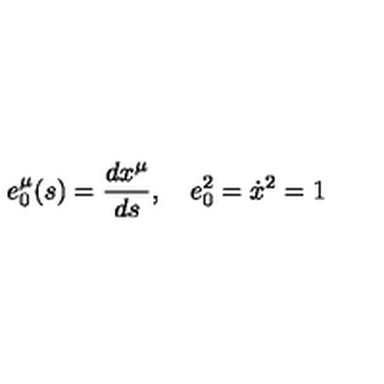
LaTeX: e _ { 0 } ^ { \mu } ( s ) = \frac { d x ^ { \mu } } { d s } , \quad e _ { 0 } ^ { 2 } = \dot { x } ^ { 2 } = 1